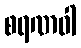
စရဏဝါ